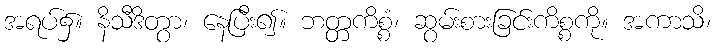
အရပ်၌။ နိသီဒိတွာ၊ နေပြီး၍။ ဘတ္တကိစ္စံ၊ ဆွမ်းစားခြင်းကိစ္စကို။ အကာသိ၊